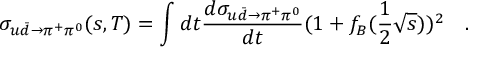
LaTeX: \sigma _ { u \bar { d } \to \pi ^ { + } \pi ^ { 0 } } ( s , T ) = \int d t \frac { d \sigma _ { u \bar { d } \to \pi ^ { + } \pi ^ { 0 } } } { d t } ( 1 + f _ { B } ( \frac { 1 } { 2 } \sqrt { s } ) ) ^ { 2 } \quad .